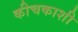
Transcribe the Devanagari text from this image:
कीचकाशी